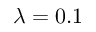
\lambda = 0 . 1